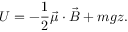
U = - \frac { 1 } { 2 } \vec { \mu } \cdot \vec { B } + m g z .